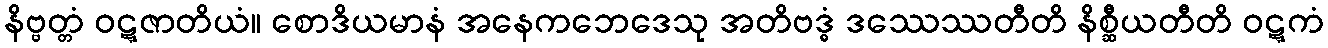
နိဗ္ဗတ္တံ ဝဋ္ဋဇာတိယံ။ စောဒိယမာနံ အနေကဘေဒေသု အတိဗဒ္ဓံ ဒဿေဿတီတိ နိစ္ဆီယတီတိ ဝဋ္ဋကံ